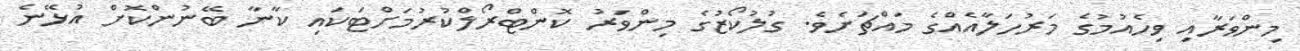
މިންވަރާއި ވިހެއުމުގެ މަރުހަލާއެއްގެ މައްޗަށެވެ. ގުލުކޯޒުގެ މިންވަރު ކޮންޓްރޯލްކުރުމަށްޓަކައި ކާނާ ބޭނުންކޮށް އުޅޭނެ